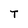
Character: T